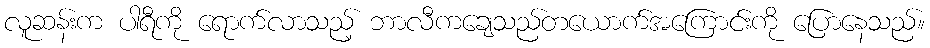
လူဆန်းက ပါရီကို ရောက်လာသည့် ဘာလီကချေသည်တယောက်အကြောင်းကို ပြောနေသည်။